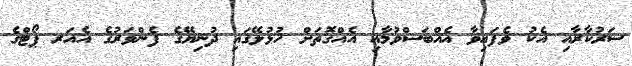
ސަރުކާރާއި އެކު ވެފައިވާ އެއްބަސްވުމާއި އެއްގޮތަށް ހުޅުލޭގައި ދުނިޔޭގެ ފެންވަރުގެ އެއަރ ޕޯޓްގެ